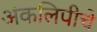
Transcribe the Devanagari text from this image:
अंकलिपीचे